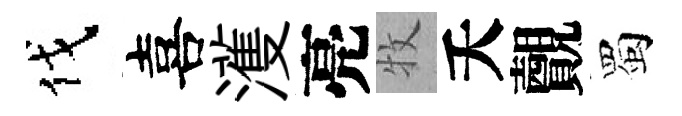
伐喜濩亮牧夭覿蜀